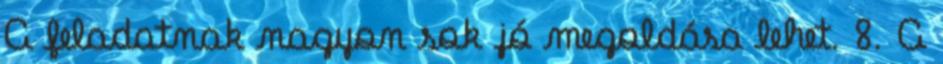
A feladatnak nagyon sok jó megoldása lehet. 8. A